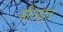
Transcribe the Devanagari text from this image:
मीताद्त